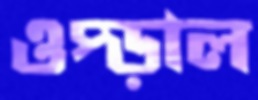
ওপ্‌ড়াল